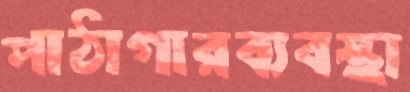
পাঠাগারব্যবস্থা